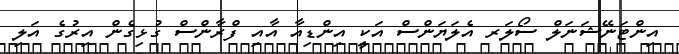
އިންޓަނޭޝަނަލް ސޯލަރ އެލަޔަންސް އަކީ އިންޑިއާ އާއި ފްރާންސް ގުޅިގެން އިރުގެ އަލި